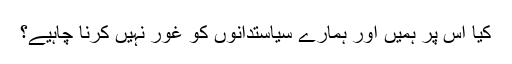
کیا اس پر ہمیں اور ہمارے سیاستدانوں کو غور نہیں کرنا چاہیے؟